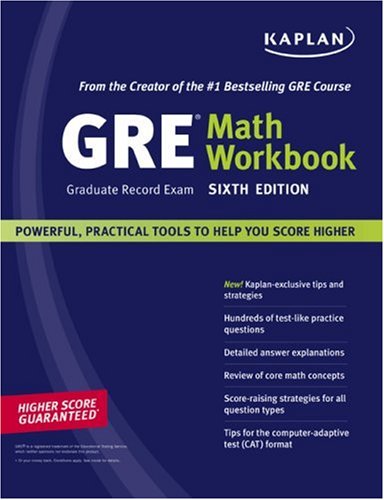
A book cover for Kaplan GRE Exam Math Workbook (Kaplan GRE Math Workbook); Test Preparation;